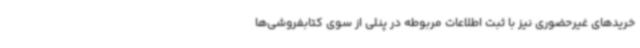
خریدهای غیرحضوری نیز با ثبت اطلاعات مربوطه در پنلی از سوی کتابفروشی‌ها